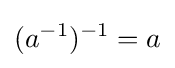
(a^{-1})^{-1}=a